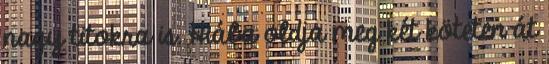
nagy titokra is. Hiába oldja meg két köteten át